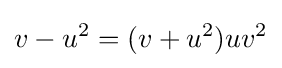
v-u^{2}=(v+u^{2})uv^{2}